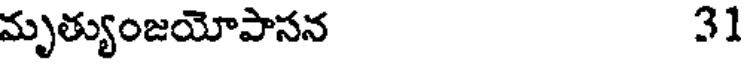
మృత్యుంజయోపాసన 31